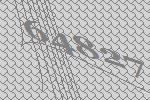
64827